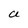
Character: a